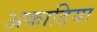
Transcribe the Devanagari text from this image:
अकाडिया